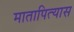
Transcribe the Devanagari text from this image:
मातापित्यास